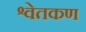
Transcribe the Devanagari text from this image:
श्वेतकण